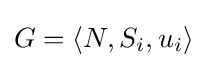
G=\langle N,S_{i},u_{i}\rangle